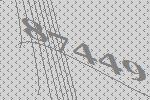
87449